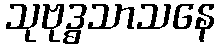
သုဗုဒ္ဓသာသနေ